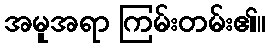
အမူအရာ ကြမ်းတမ်း၏။